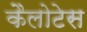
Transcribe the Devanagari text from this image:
कैलोटेस